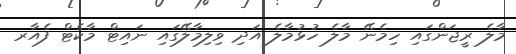
މާލެ ރީޖަންގައި ހިމެނޭ މާލެ ހުޅުމާލެ އަދި ވިލިމާލޭގައި ނައިޓް މާކެޓް ފެއާރ